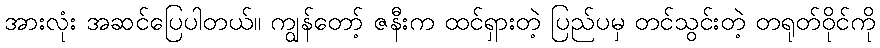
အားလုံး အဆင်ပြေပါတယ်။ ကျွန်တော့် ဇနီးက ထင်ရှားတဲ့ ပြည်ပမှ တင်သွင်းတဲ့ တရုတ်ဝိုင်ကို